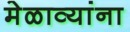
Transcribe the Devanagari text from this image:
मेळाव्यांना